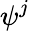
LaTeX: \psi^{j}